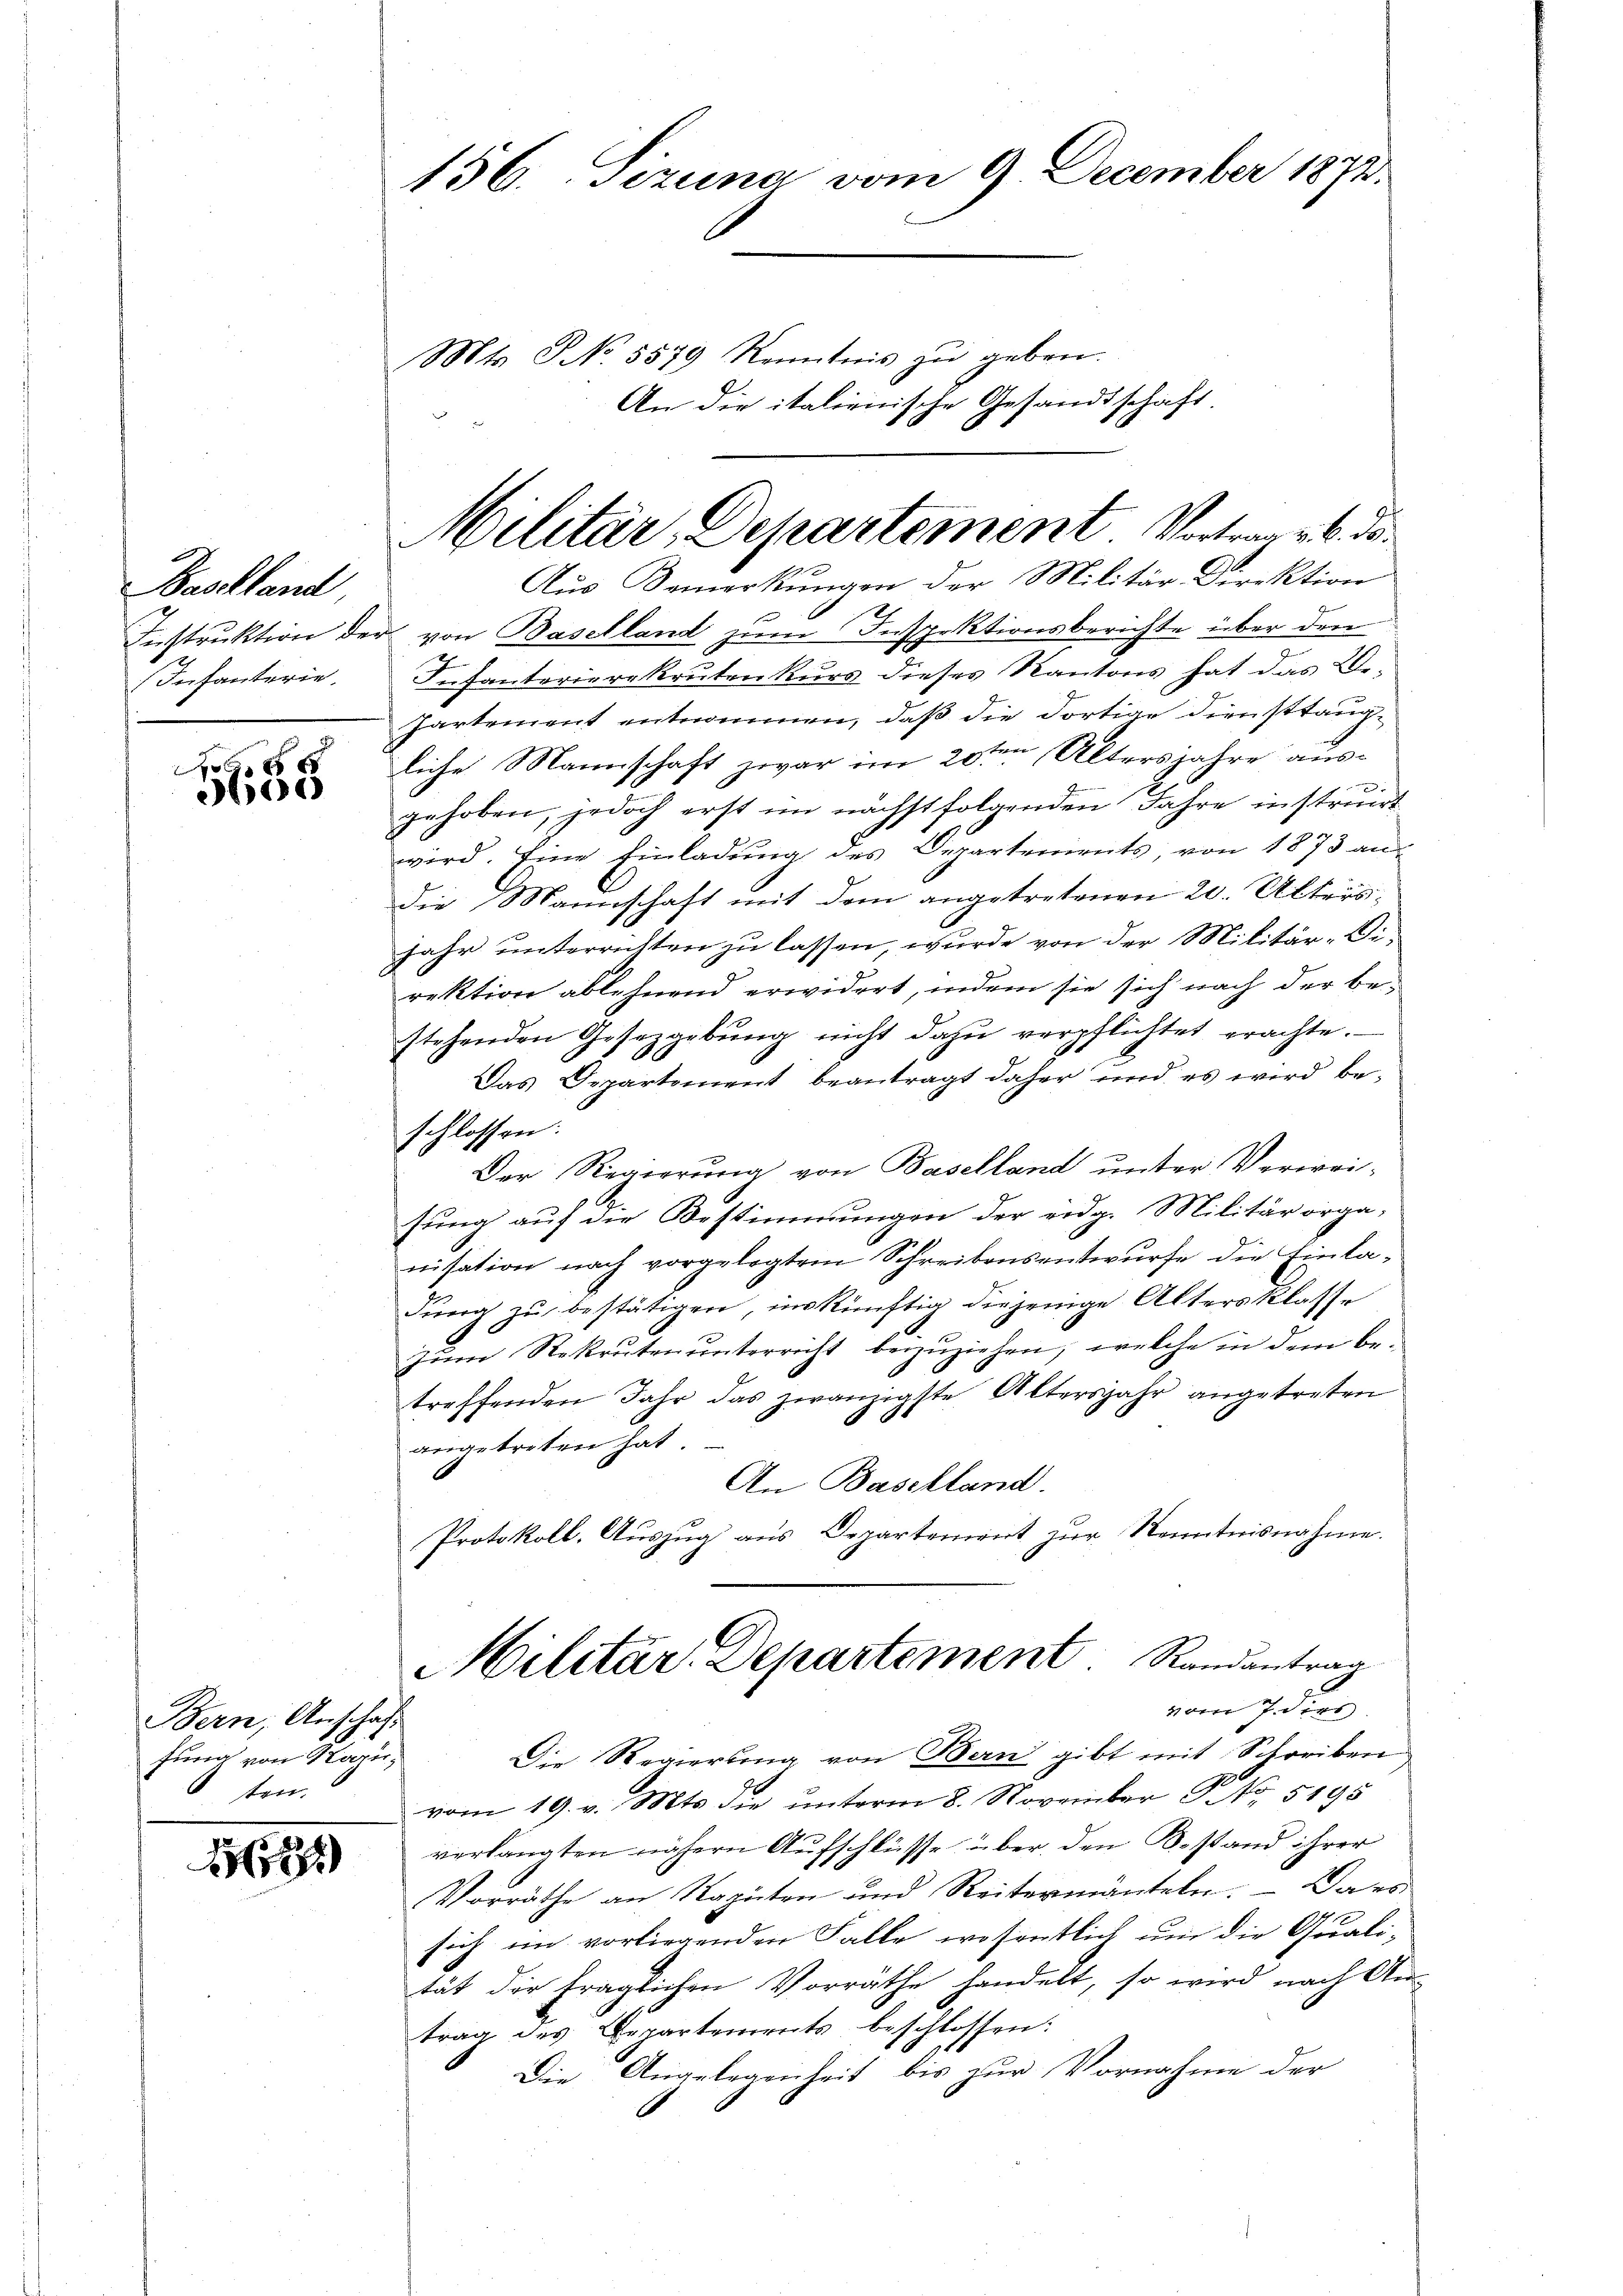
Bastland
Instruktion der
Infanterie,

f 8 x
e

Bern, Anschaft
fung von Hage,
sten.

1684

156. Seizuna vom 9. December 1872.
Mts. NNo. 5579 Kenntnis zu geben.
An die italienische Gesandtschaft

Militär, Departement Vortrag v. 6. d.
Aus Bemerkungen der Militär-Direktion

von Baselland zum Inspektionsberichte über den
Infanterierekruten kurs dieses Kantons hat das We¬
Partement entnommen, daß die dortige Diensttaugliche Mannschaft zwar im 20ten Altersjahre ausx
gehoben, jedoch erst im nächstfolgenden Jahre instreuert
wird. Eine Einladŭng des Departements von 1873 an
die Mannschaft mit dem angetretenen 20. Alters,
jahr unterrichten zu lassen, wurde von der Militär-Direktion ablehnend erwidert, indem sie sich nach der bestehenden Gesetzgebŭng nicht dazŭ verpflichtet prachte.
Das Departement beantragt daher und es wird be-
schlossen:
Der Regierung von Baselland unter Verweisung auf die Bestimmungen der eidg. Militärorga-
nisation nach vorgelegtem Schreibensentwurfe die Einladung zu bestätigen, inskünftig diejenige Altersklasse
zum Rekruten unterricht beizuziehen, welche in dem betreffenden Jahr das zwanzigste Altersjahr angetreten
angetreten hat.
An Baschland.
Protokoll, Auszug aus Departement zur Kenntnisnahme.
Militär-Departement Randantrag
vom 7. dies
Die Regierung von Bern gibt mit Schreiben
vom 19. v. Mts. die ŭnterm 8. November No. 5195
verlangten nähern Aufschlüsse über den Bestand ihrer
Vorräthe an Ragaten und Reitermänteln. – Dars
sich im vorliegenden Falle wesentlich um die Quali-
tät der fraglichen Vorräthe handelt, so wird nach An-
trag des Departements beschlossen:
Die Angelegenheit bis zur Vornahme der